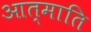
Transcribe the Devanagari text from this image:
आत्माति